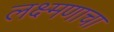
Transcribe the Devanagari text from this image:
लक्ष्मणाचा